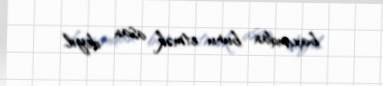
baxımdan bunu etmək asan deyil.